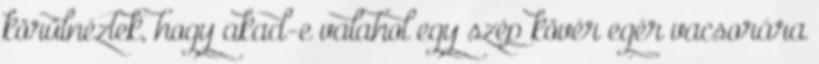
körülnéztek, hogy akad-e valahol egy szép kövér egér vacsorára